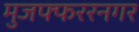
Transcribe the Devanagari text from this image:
मुजफ्फररनगर